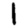
Digit: 1